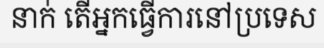
នាក់ តើអ្នកធ្វើការនៅប្រទេស